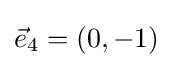
{\vec {e}}_{4}=(0,-1)